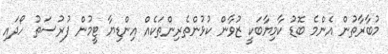
މުބާރާތުން އެންމެ ބޮޑު ކާމިޔާބަކީ ޒުވާން ކުޅުންތެރިންތަކެއް އިންޑިޔާ ޓީމުން ފުރުސަތު ހޯދައި